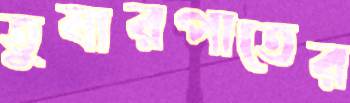
তুষারপাতের